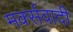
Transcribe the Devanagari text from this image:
मर्क्सवादी